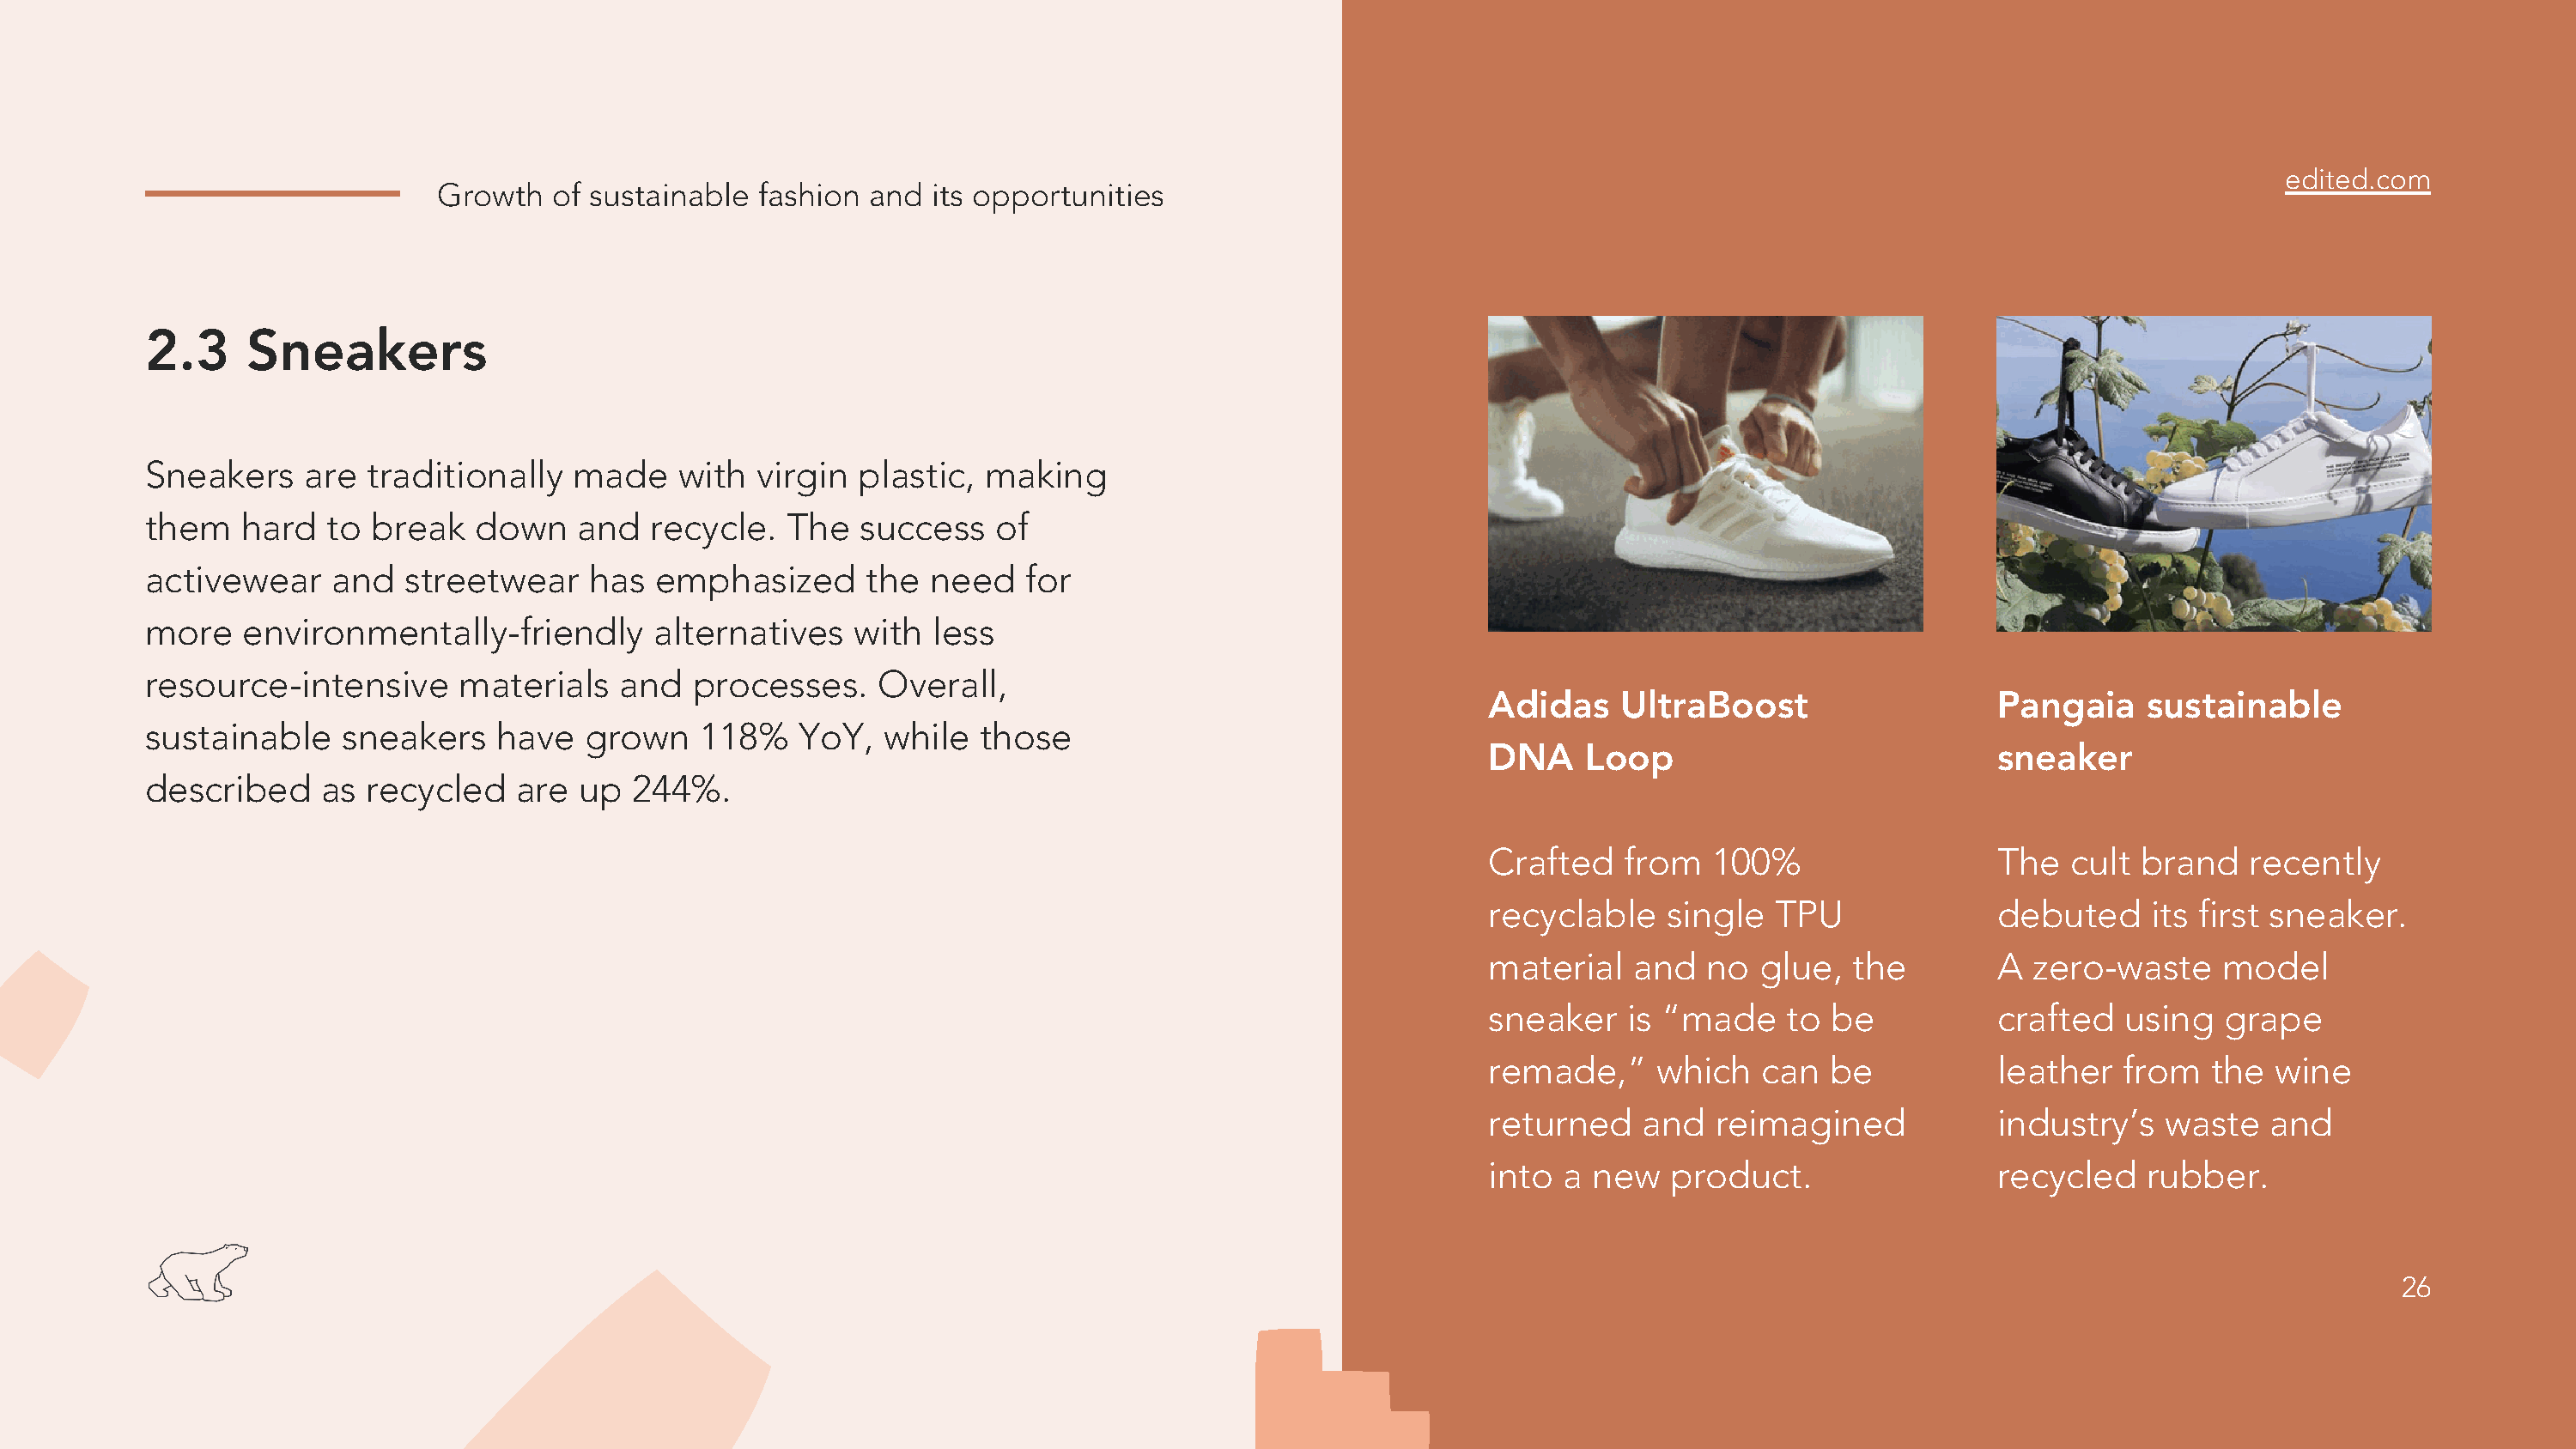
edited.com
 Growth   of sustainable fashion  and  its opportunities
 2.3     Sneakers
 Sneakers    are  traditionally   made    with  virgin  plastic,  making
 them    hard  to  break   down    and  recycle.   The  success    of
 activewear     and  streetwear    has   emphasized      the  need   for
 more    environmentally-friendly       alternatives    with  less
 resource-intensive      materials    and  processes.     Overall,
 Adidas    UltraBoost                   Pangaia     sustainable
 sustainable    sneakers    have   grown    118%    YoY,  while   those
 DNA    Loop                            sneaker
 described     as recycled    are  up  244%.
 Crafted   from   100%                  The   cult brand   recently
 recyclable   single   TPU              debuted     its first sneaker.
 material   and   no  glue,  the        A  zero-waste    model
 sneaker   is “made     to be           crafted   using  grape
 remade,”     which   can  be           leather   from  the  wine
 returned    and  reimagined            industry’s   waste   and
 into  a new   product.                 recycled    rubber.
 26